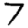
Digit: 7